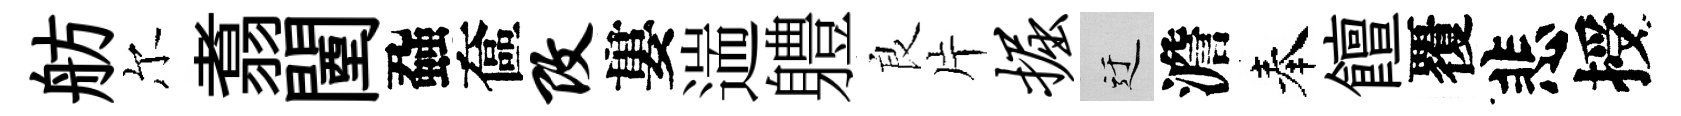
舫尔翥闉蝨奩改婁遄軆良片掘迂澹奉饘覆悲授